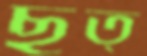
ছত্